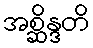
အစ္ဆိန္ဒတိ